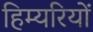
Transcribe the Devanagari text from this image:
हिम्यरियों